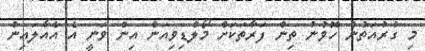
މި ގުރުއަތުން ހޮވުނު ތިން ފަރާތަކަށް މޯލްޑިވިއަން އިން ވަނީ އެ އެއާލައިން